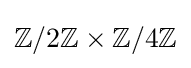
\mathbb {Z} /2\mathbb {Z} \times \mathbb {Z} /4\mathbb {Z}